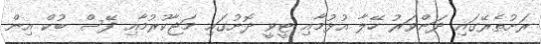
ރަށުތެރޭގައި ދަންވަރު ހޭލާ އުޅުމާއި ޓީވީ ދޮށުގައި މަޖާކުރުމާއި ފޭސް ބުކް އިން